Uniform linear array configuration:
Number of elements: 48
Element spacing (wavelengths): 0.25
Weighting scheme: hann
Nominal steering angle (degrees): -45
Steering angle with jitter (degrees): -45.892
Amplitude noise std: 0.05
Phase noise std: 0.05

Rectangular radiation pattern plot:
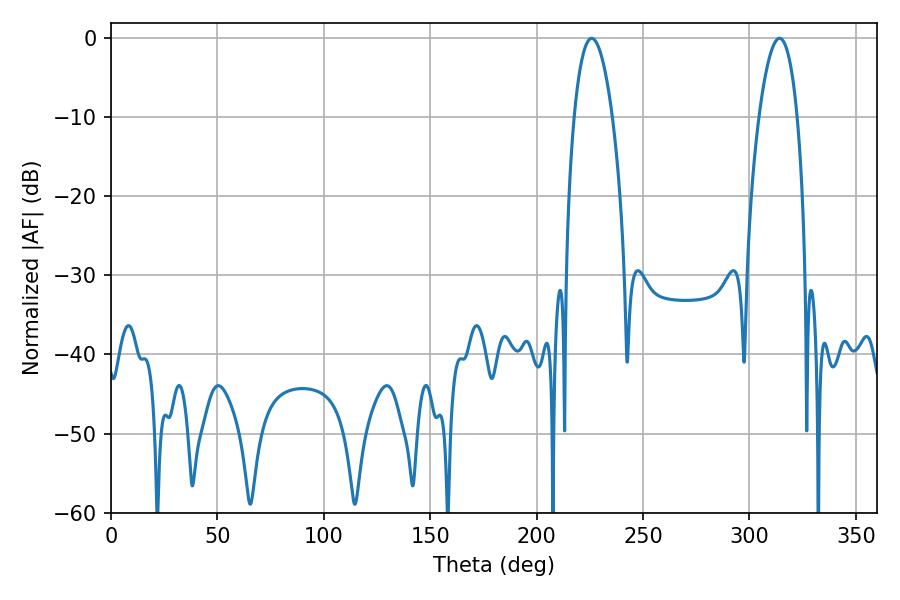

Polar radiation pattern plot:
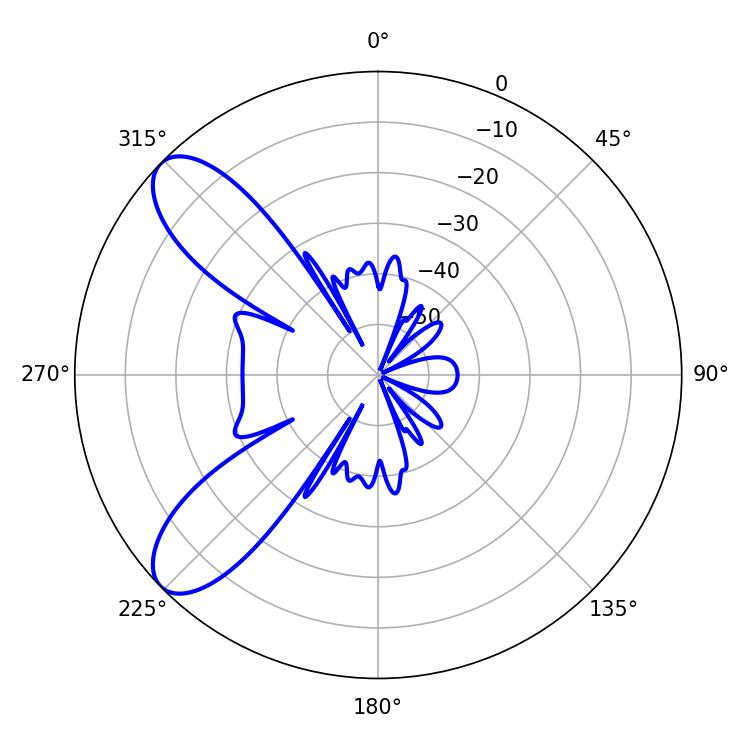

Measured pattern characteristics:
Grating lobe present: FALSE
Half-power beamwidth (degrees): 10.08
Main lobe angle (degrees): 225.9